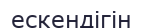
ескендігін